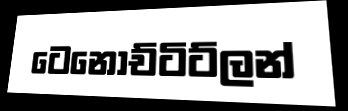
ටෙනෝච්ටිට්ලන්